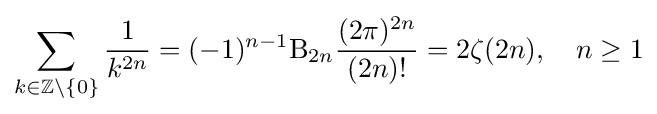
\sum _{k\in \mathbb {Z} \setminus \{0\}}{\frac {1}{k^{2n}}}=(-1)^{n-1}\mathrm {B} _{2n}{\frac {(2\pi )^{2n}}{(2n)!}}=2\zeta (2n),\quad n\geq 1